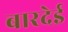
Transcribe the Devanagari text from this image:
बारदेई